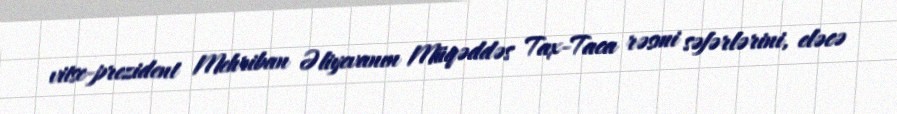
vitse-prezident Mehriban Əliyevanın Müqəddəs Tax-Taca rəsmi səfərlərini, eləcə